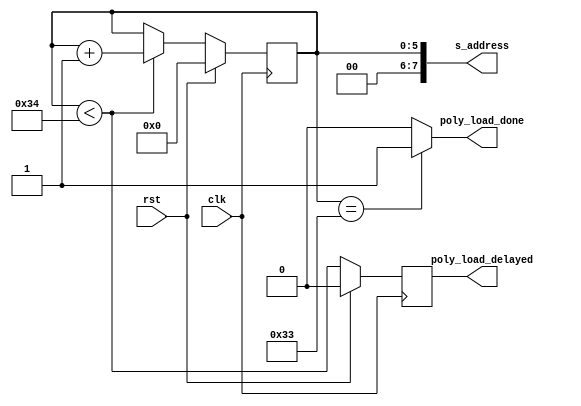
`timescale 1ns / 1ps
//////////////////////////////////////////////////////////////////////////////////
// Company: 
// Engineer: 
// 
// Design Name: 
// Module Name:    poly_load_control_BRAM 
// Project Name: 
// Target Devices: 
// Tool versions: 
// Description: 
//
// Dependencies: 
//
// Revision: 
// Revision 0.01 - File Created
// Additional Comments: 
//
//////////////////////////////////////////////////////////////////////////////////
module poly_load_control_BRAM1(clk, rst, s_address, poly_load_delayed, poly_load_done);
input clk, rst;
output [7:0] s_address;
output reg poly_load_delayed;
output poly_load_done;

reg [5:0] poly_word_counter;

always @(posedge clk)
begin
	if (rst)
		poly_load_delayed <= 0;
	else
		poly_load_delayed <= poly_word_counter < 52;
end

assign s_address = poly_word_counter;
	
always @(posedge clk)
begin
	if (rst)
		poly_word_counter <= 6'd0;
	else if (poly_word_counter < 52)
		poly_word_counter <= poly_word_counter + 6'd1;
	else
		poly_word_counter <= poly_word_counter;
end

assign poly_load_done = poly_word_counter == 6'd51 ? 1'b1 : 1'b0;

endmodule